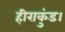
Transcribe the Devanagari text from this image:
हीराकुंड।